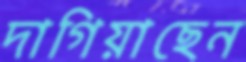
দাগিয়াছেন